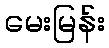
မေးမြန်း